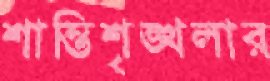
শান্তিশৃঙ্খলার